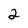
Character: 2